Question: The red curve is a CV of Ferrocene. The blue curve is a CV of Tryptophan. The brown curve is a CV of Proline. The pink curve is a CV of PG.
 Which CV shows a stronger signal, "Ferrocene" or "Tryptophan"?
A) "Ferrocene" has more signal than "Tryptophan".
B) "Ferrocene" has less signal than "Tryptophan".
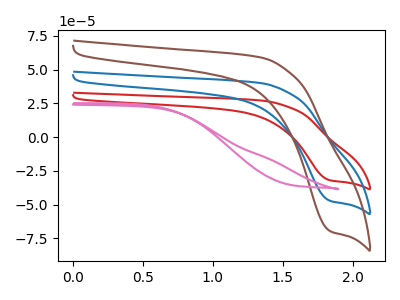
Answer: <think>The red curve "Ferrocene" has a cathodic peak at: (1.85V, -32.05uA). The blue curve "Tryptophan" has a cathodic peak at: (1.85V, -47.25uA). The brown curve "Proline" has a cathodic peak at: (1.85V, -94.45uA). The pink curve "PG" has no peaks.
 All the peaks in "Ferrocene" have a peak in "Tryptophan" at the same potential. Every peak in "Ferrocene" is lower than every peak in "Tryptophan".</think>
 <answer>B) "Ferrocene" has less signal than "Tryptophan".</answer>
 <eval>B</eval>